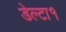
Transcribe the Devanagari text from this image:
डेल्टा१